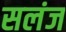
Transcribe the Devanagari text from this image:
सलंज